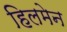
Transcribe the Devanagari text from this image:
हिलमेन